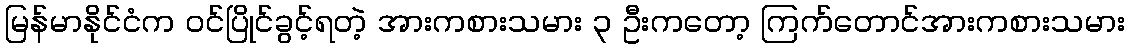
မြန်မာနိုင်ငံက ဝင်ပြိုင်ခွင့်ရတဲ့ အားကစားသမား ၃ ဦးကတော့ ကြက်တောင်အားကစားသမား